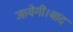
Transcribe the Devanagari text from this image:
जायेगी।बाद